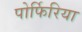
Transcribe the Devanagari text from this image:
पोर्फिरिया